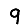
Digit: 9